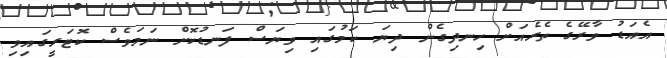
އެއަޑު ވާރޭގެ ތެރެއަށް ހިނދިގެން ދިޔަ ކަމުގައި ވިޔަސް ފަނޑުކޮށް ނަމަވެސް ކޮޓަރީގައިވި